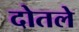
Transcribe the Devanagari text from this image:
दोतले